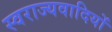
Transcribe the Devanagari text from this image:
स्वराज्यवादियों